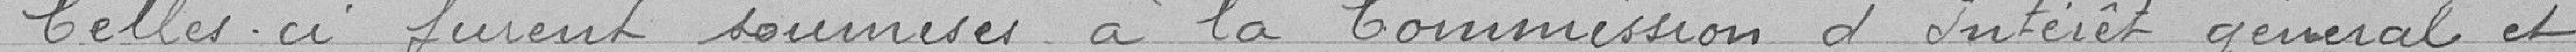
Celles-ci furent soumises à la Commission d'Intérêt général et